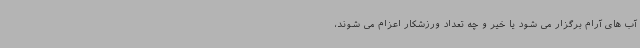
آب های آرام برگزار می شود یا خیر و چه تعداد ورزشکار اعزام می شوند،